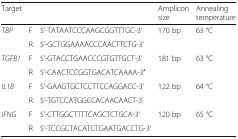
| Target |  |  | Amplicon size | Annealing temperature |
 | --- | --- | --- | --- | --- |
 | TBP | F | 5’-TATAATCCCAAGCGGTTTGC-3’ | 170 bp | 63 °C |
 |  | R | 5’-GCTGGAAAACCCAACTTCTG-3’ |  |  |
 | TGFB1 | F | 5’-GTACCTGAACCCGTGTTGCT-3’ | 181 bp | 63 °C |
 |  | R | 5’-CAACTCCGGTGACATCAAAA-3′ |  |  |
 | IL1B | F | 5’-GAAGTGCTCCTTCCAGGACC-3’ | 122 bp | 64 °C |
 |  | R | 5’-TGTCCATGGCCACAACAACT-3’ |  |  |
 | IFNG | F | 5’-CTTGGCTTTTCAGCTCTGCA-3’ | 120 bp | 65 °C |
 |  | R | 5’-TCCGCTACATCTGAATGACCTG-3’ |  |  |